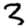
Digit: 3